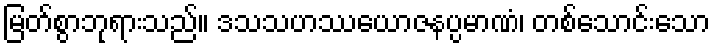
မြတ်စွာဘုရားသည်။ ဒသသဟဿယောဇနပ္ပမာဏံ၊ တစ်သောင်းသော